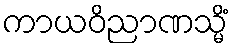
ကာယဝိညာဏသ္မိံ